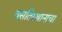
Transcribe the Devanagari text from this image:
वसतिस्थानाचा